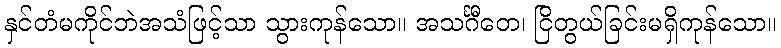
နှင်တံမကိုင်ဘဲအသံဖြင့်သာ သွားကုန်သော။ အသင်္ဂီတေ၊ ငြိတွယ်ခြင်းမရှိကုန်သော။